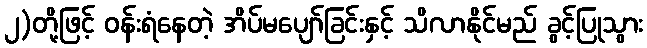
၂)တို့ဖြင့် ဝန်းရံနေတဲ့ အိပ်မပျော်ခြင်းနှင့် သိလာနိုင်မည် ခွင့်ပြုသွား